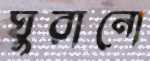
ঘুরানো